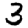
Digit: 3